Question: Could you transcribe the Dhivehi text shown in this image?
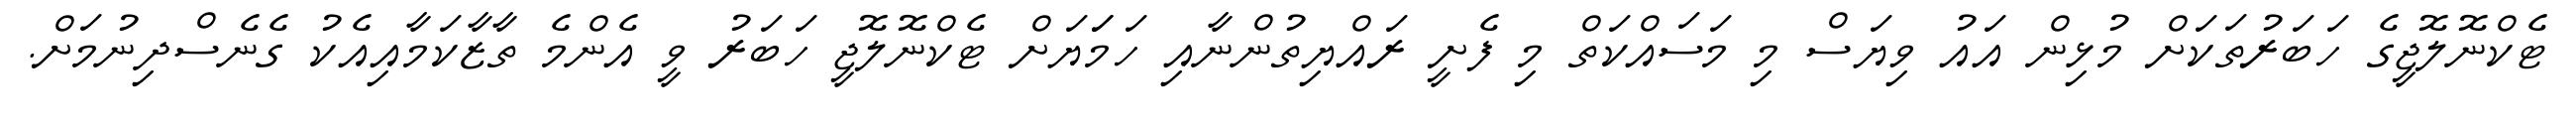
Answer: ޓެކްނޮލޮޖީގެ ހަބަރުތަކަށް މުޅިން އައު ވިޔަސް މި މަސައްކަތް މި ފެށީ ރައްޔިތުންނާއި ހަމަަޔަށް ޓެކްނޮލޮޖީ ހަބަރު ވީ އެންމެ ތާޒާކަމާއިއެކު ގެނެސްދިނުމަށް.